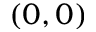
( 0 , 0 )